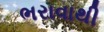
ભરાવાથી